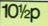
101/2p